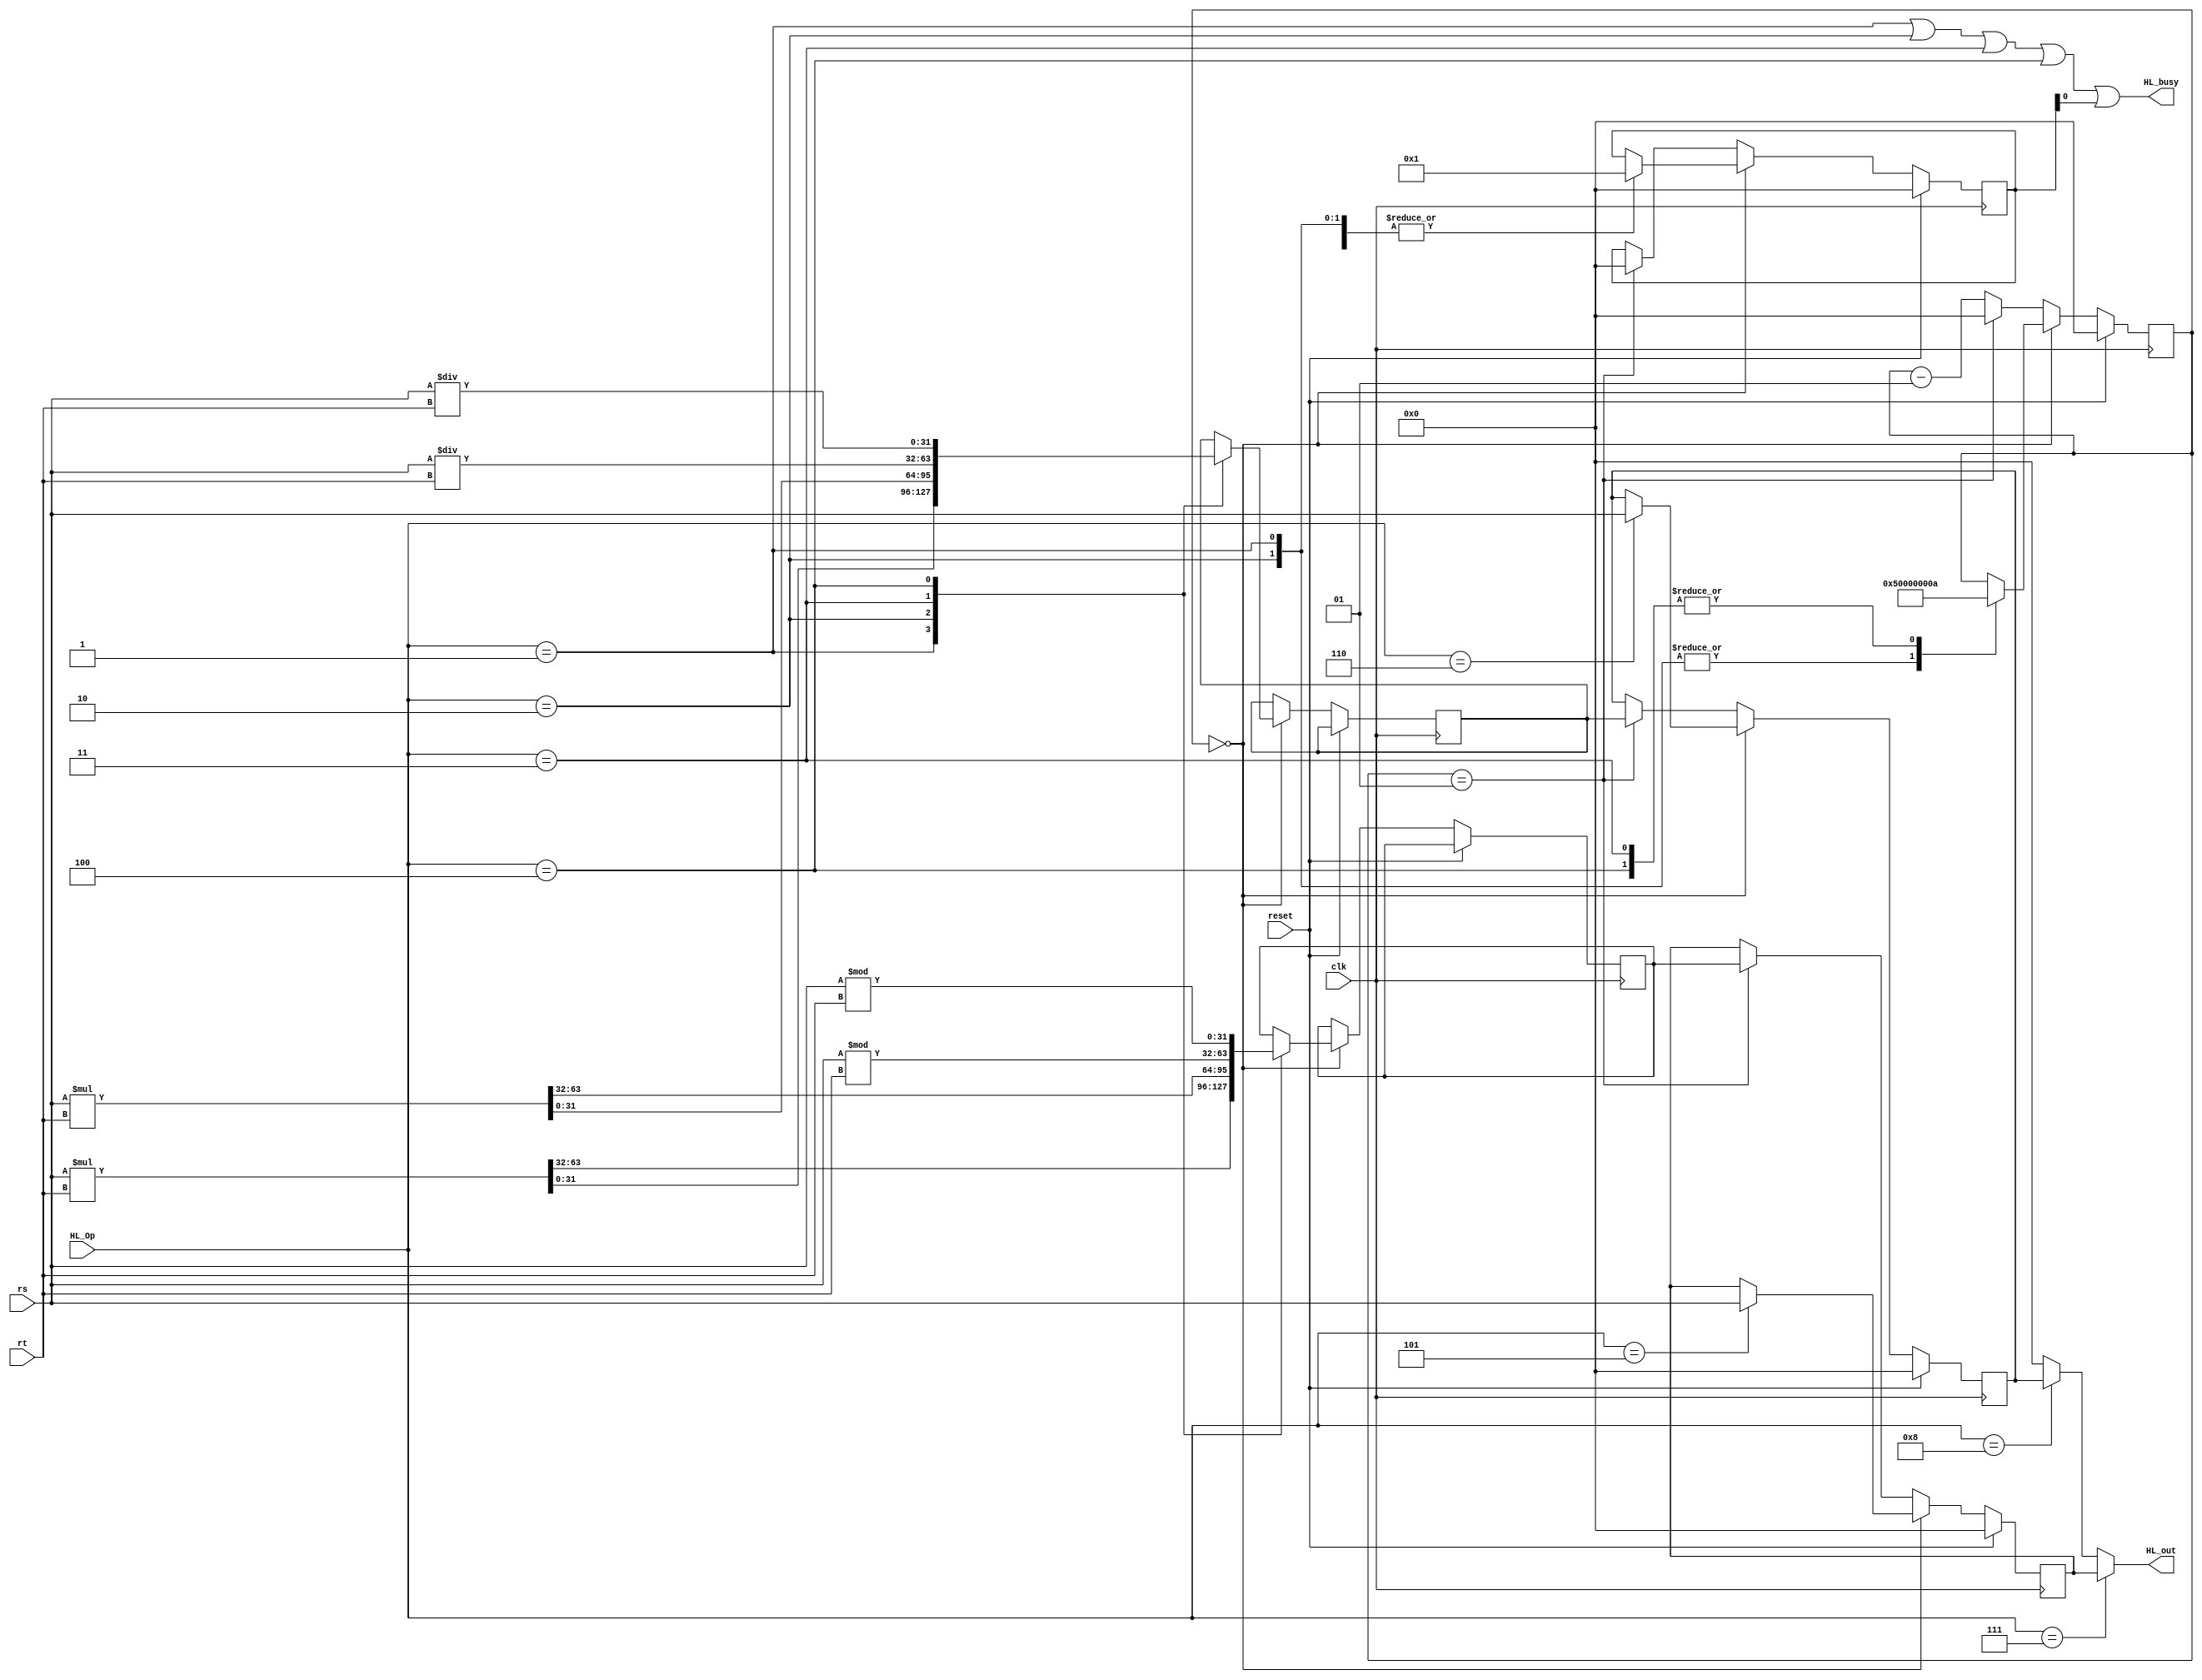
`timescale 1ns / 1ps

`define HL_NoWrite 4'b0000
`define HL_Mult 4'b0001
`define HL_Multu 4'b0010
`define HL_Div 4'b0011
`define HL_Divu 4'b0100
`define HL_Mthi 4'b0101
`define HL_Mtlo 4'b0110
`define HL_Mfhi 4'b0111
`define HL_Mflo 4'b1000

module E_MultDivUnit(
    input clk,
    input reset,
    input [31:0] rs,
    input [31:0] rt,
    input [3:0] HL_Op,
    output [31:0] HL_out,
    output HL_busy
);
    reg [31:0] HI, LO;
    reg [31:0] temp_hi, temp_lo, busy;
    integer counter;

    initial begin
        HI <= 0;
        LO <= 0;
        counter <= 0;
        busy <= 0;
    end

    always @(posedge clk) begin
        if (reset == 1'b1) begin
            busy <= 0;
            counter <= 0;
            HI <= 0;
            LO <= 0;
        end
        else begin
            if (counter == 0) begin
                case (HL_Op)
                    `HL_Mult: begin
                        {temp_hi, temp_lo} <= $signed(rs) * $signed(rt);
                        counter <= 5;
                        busy <= 1;
                    end
                    `HL_Multu: begin
                        {temp_hi, temp_lo} <= rs * rt;
                        counter <= 5;
                        busy <= 1;
                    end
                    `HL_Div: begin
                        temp_lo <= $signed(rs) / $signed(rt);
                        temp_hi <= $signed(rs) % $signed(rt);
                        counter <= 10;
                        busy <= 1;
                    end
                    `HL_Divu: begin
                        temp_lo <= rs / rt;
                        temp_hi <= rs % rt;
                        counter <= 10;
                        busy <= 1;
                    end
                    `HL_Mthi: HI <= rs;
                    `HL_Mtlo: LO <= rs;
                endcase
            end
            else if (counter == 1) begin
                counter <= 0;
                busy <= 0;
                HI <= temp_hi;
                LO <= temp_lo;
            end
            else counter <= counter - 1;
        end
    end

    wire start = (HL_Op == `HL_Mult || HL_Op == `HL_Multu || HL_Op == `HL_Div || HL_Op == `HL_Divu);
    assign HL_busy = start | busy;
    assign HL_out = (HL_Op == `HL_Mfhi) ? HI :
                    (HL_Op == `HL_Mflo) ? LO :
                    32'b0;
endmodule //E_MultDivUnit